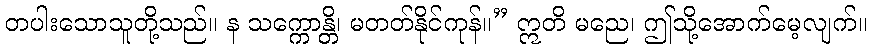
တပါးသောသူတို့သည်။ န သက္ကောန္တိ၊ မတတ်နိုင်ကုန်။” ဣတိ မညေ၊ ဤသို့အောက်မေ့လျက်။